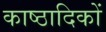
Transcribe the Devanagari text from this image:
काष्ठादिकों